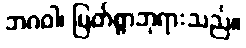
ဘဂဝါ၊ မြတ်စွာဘုရားသည်။